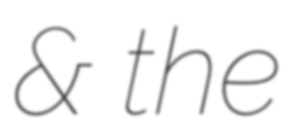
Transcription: & the